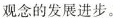
观念的发展进步。